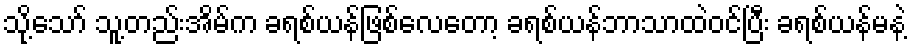
သို့သော် သူ့တည်းအိမ်က ခရစ်ယန်ဖြစ်လေတော့ ခရစ်ယန်ဘာသာထဲဝင်ပြီး ခရစ်ယန်မနဲ့